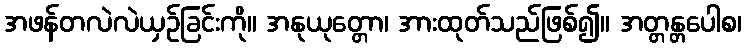
အဖန်တလဲလဲယှဉ်ခြင်းကို။ အနုယုတ္တော၊ အားထုတ်သည်ဖြစ်၍။ အတ္တန္တပေါစ၊